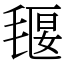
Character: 𣯄